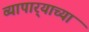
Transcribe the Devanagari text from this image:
व्यापार्‍याच्या